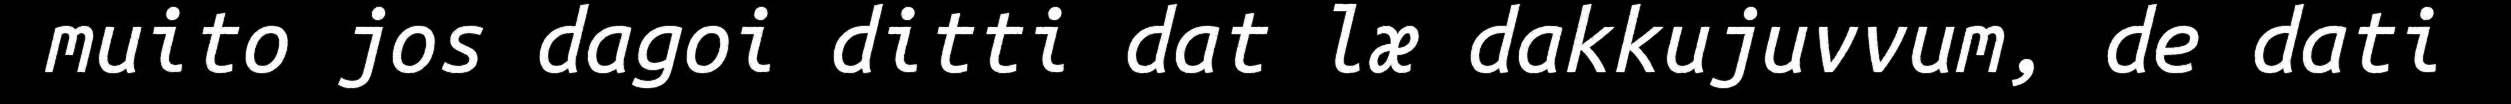
muito jos dagoi ditti dat læ dakkujuvvum, de dati